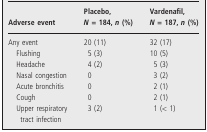
| Adverse event | Placebo, N=184, n (%) | Vardenafil, N = 187, n (%) |
 | --- | --- | --- |
 | Any event | 20 (11) | 32 (17) |
 | Flushing | 5 (3) | 10 (5) |
 | Headache | 4 (2) | 5 (3) |
 | Nasal congestion | 0 | 3 (2) |
 | Acute bronchitis | 0 | 2 (1) |
 | Cough | 0 | 2 (1) |
 | Upper respiratory tract infection | 3 (2) | 1 (< 1) |